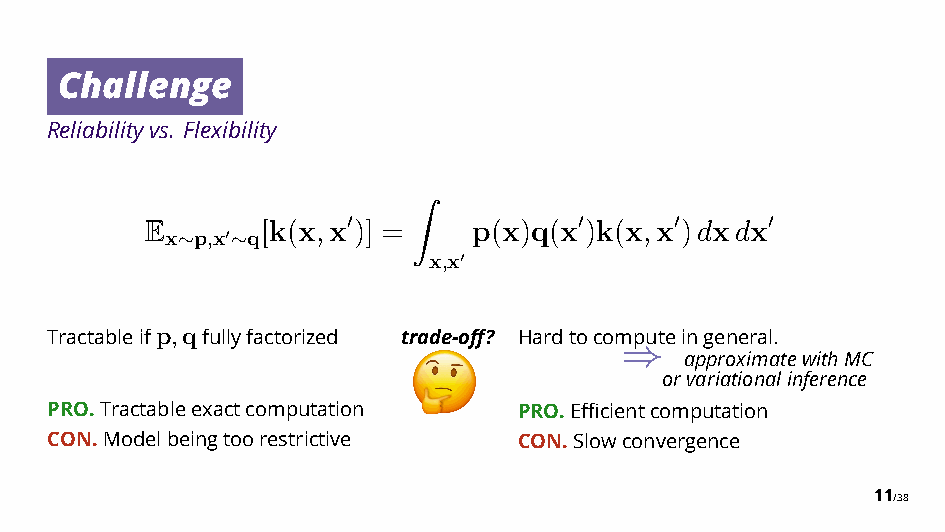
Challenge
 Reliabilityvs. Flexibility
 E x p,x q[k(x,x ")] = p(x)q(x ")k(x,x ")dxdx "
 ∼  !∼
 x,x
 "  !
 Tractableifp,qfullyfactorized trade-off? Hardtocomputeingeneral.
 approximatewithMC
 ⇒
 orvariationalinference
 PRO.Tractableexactcomputation  PRO.Efficientcomputation
 CON.Modelbeingtoorestrictive   CON.Slowconvergence
 11/38